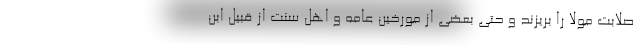
صلابت مولا را بریزند و حتی بعضی از مورخین عامه و اهل سنت از قبیل ابن